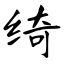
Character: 绮